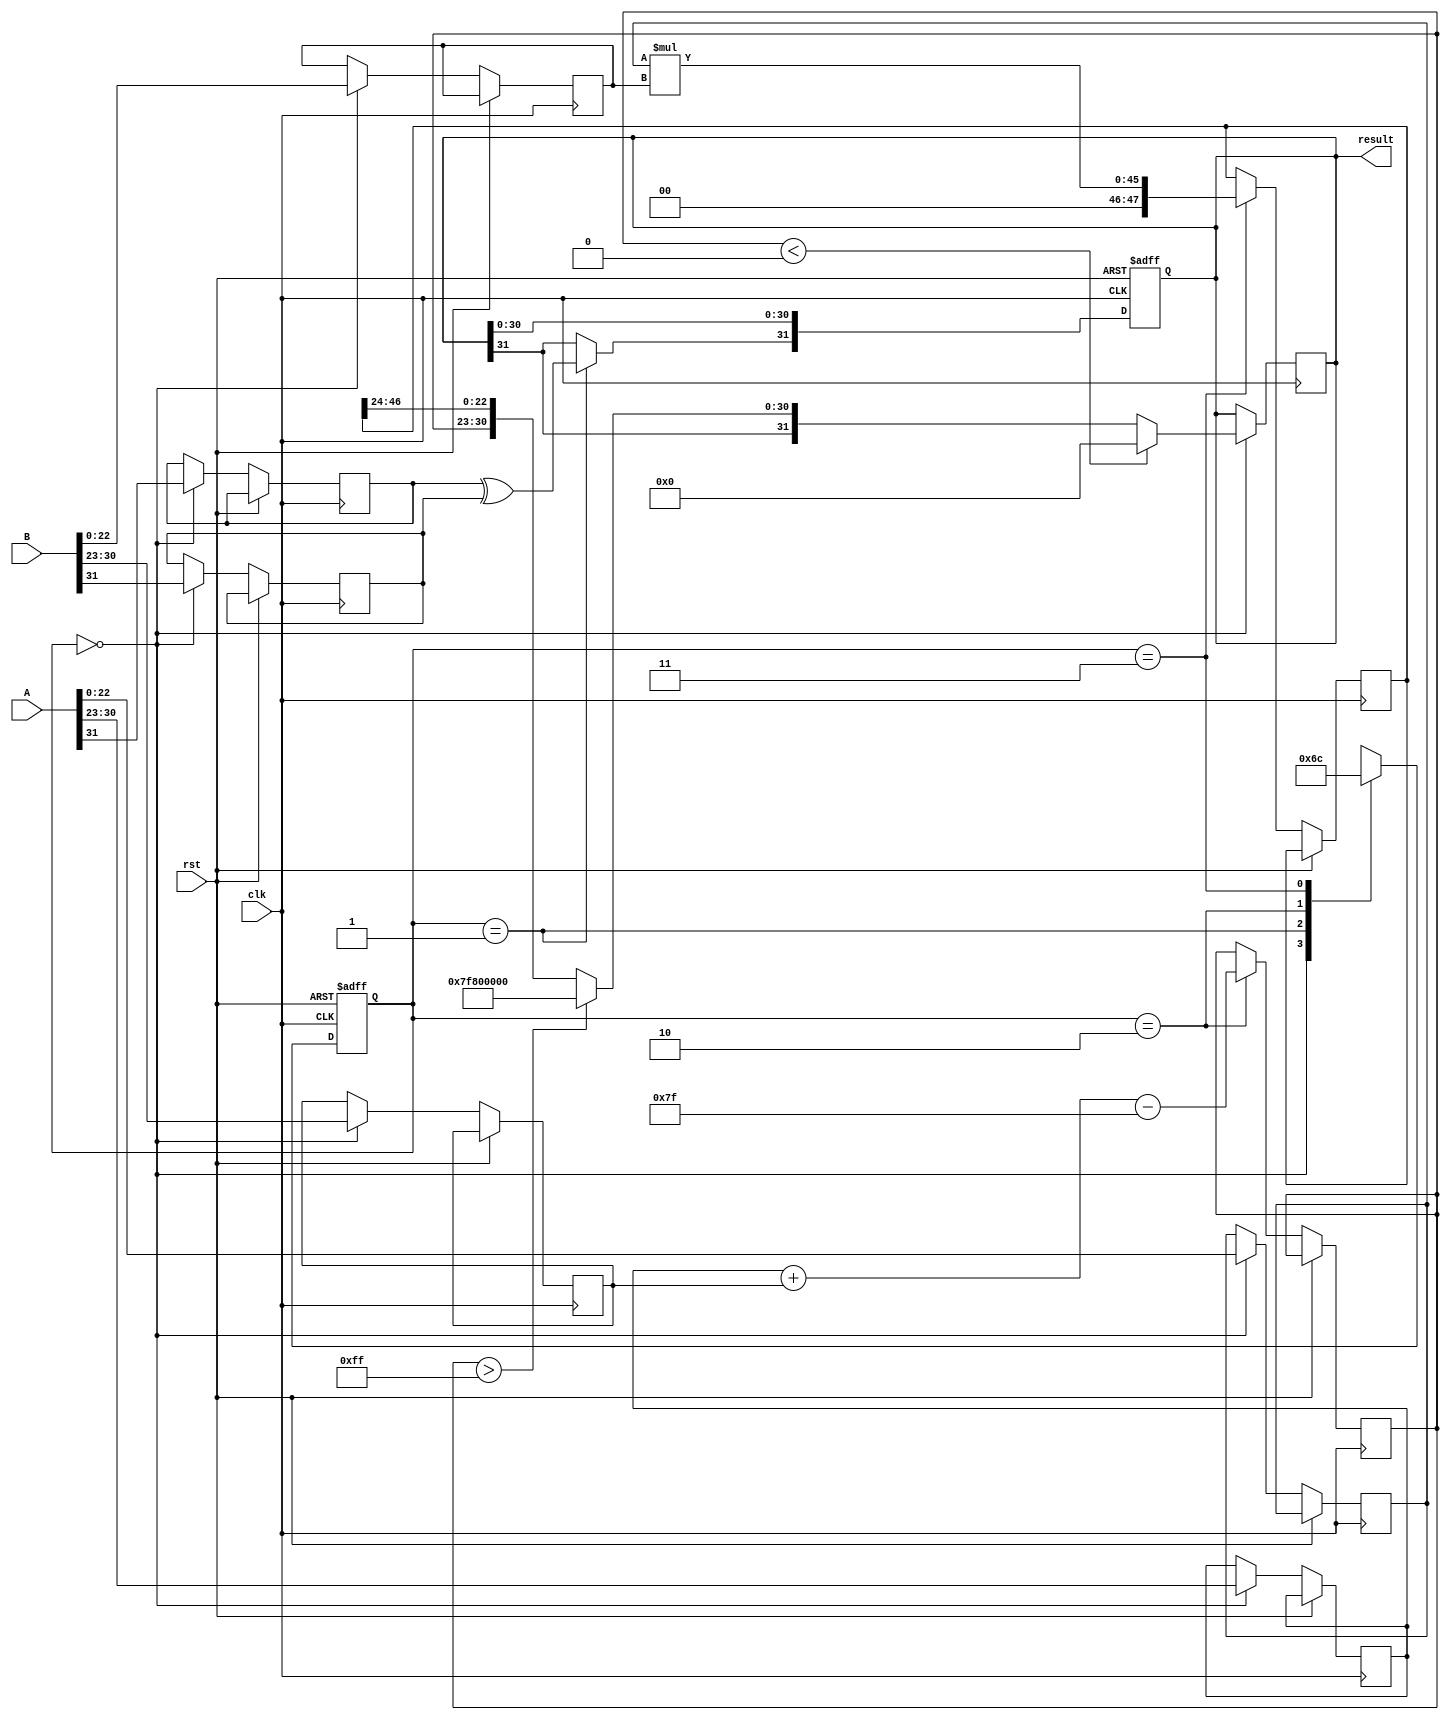
module pipelined_fp_multiplier (
    input clk,
    input rst,
    input [31:0] A, // First floating-point input
    input [31:0] B, // Second floating-point input
    output reg [31:0] result // Resulting floating-point output
);

    // Define intermediate registers
    reg [1:0] stage; // Stage counter
    reg sign_A, sign_B;
    reg [7:0] exp_A, exp_B, exp_result;
    reg [22:0] mant_A, mant_B, mant_result;
    reg [47:0] mant_mult; // Intermediate mantissa multiplication result
    reg [24:0] mant_norm; // Normalized mantissa
    reg round_bit; // Rounding bit

    // Constants
    localparam BIAS = 8'd127;

    // Pipeline stages
    always @(posedge clk or posedge rst) begin
        if (rst) begin
            stage <= 2'b00;
            result <= 32'b0;
        end else begin
            case (stage)
                2'b00: begin // Decomposition Stage
                    sign_A <= A[31];
                    sign_B <= B[31];
                    exp_A <= A[30:23];
                    exp_B <= B[30:23];
                    mant_A <= {1'b1, A[22:0]}; // Implicit leading 1 for normalized numbers
                    mant_B <= {1'b1, B[22:0]};
                    stage <= 2'b01; // Move to Sign Calculation
                end

                2'b01: begin // Sign Calculation
                    // Compute sign of the result
                    result[31] <= sign_A ^ sign_B; // XOR for sign
                    stage <= 2'b10; // Move to Exponent Calculation
                end

                2'b10: begin // Exponent Calculation
                    exp_result <= exp_A + exp_B - BIAS; // Add exponents and subtract bias
                    stage <= 2'b11; // Move to Mantissa Multiplication
                end

                2'b11: begin // Mantissa Multiplication
                    mant_mult <= mant_A * mant_B; // Multiply mantissas
                    stage <= 2'b00; // Move to Normalization
                end

                // Normalization and Rounding would be implemented here
                // For simplicity, we will just pass the mantissa through
                // In a complete implementation, normalization and rounding logic would be added

                default: stage <= 2'b00;
            endcase
        end
    end

    // Final Assembly Stage
    always @(posedge clk) begin
        if (stage == 2'b00) begin
            // Final assembly of the result
            if (exp_result < 0) begin
                // Underflow case
                result <= 32'b0; // Set to zero or handle underflow
            end else if (exp_result > 255) begin
                // Overflow case
                result <= {result[31], 8'hFF, 23'b0}; // Set to infinity
            end else begin
                // Normal case
                result <= {result[31], exp_result[7:0], mant_mult[46:24]}; // Truncate mantissa
            end
        end
    end

endmodule